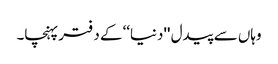
وہاں سے پیدل ''دنیا‘‘ کے دفتر پہنچا۔